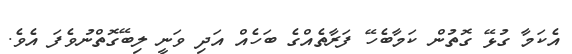
އެކަމާ ގުޅޭ ގޮތުން ކަމާބެހޭ ފަރާތެއްގެ ބަހެއް އަދި ވަނީ ލިބޭގޮތްނުވެފަ އެވެ.